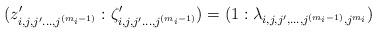
LaTeX: \begin{align*} (z_{i,j,j'\ldots , j^{(m_i-1)}}':\zeta_{i,j,j'\ldots , j^{(m_i-1)}}') = ( 1: \lambda_{i,j,j',\ldots, j^{(m_i-1)}, j^{m_i}} ) \end{align*}